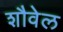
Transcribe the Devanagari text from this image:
शौवेल